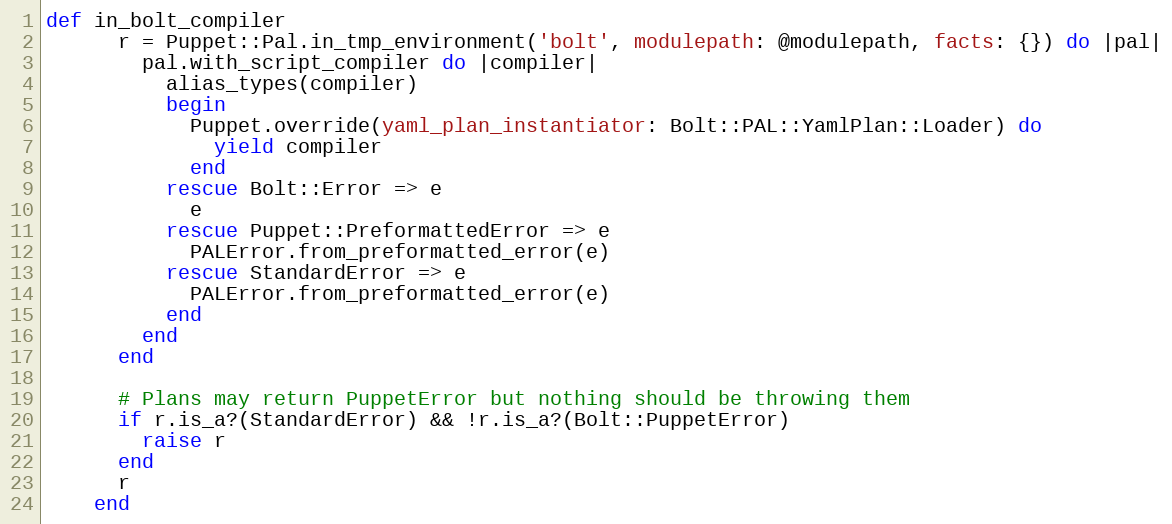
Language: Ruby
def in_bolt_compiler
      r = Puppet::Pal.in_tmp_environment('bolt', modulepath: @modulepath, facts: {}) do |pal|
        pal.with_script_compiler do |compiler|
          alias_types(compiler)
          begin
            Puppet.override(yaml_plan_instantiator: Bolt::PAL::YamlPlan::Loader) do
              yield compiler
            end
          rescue Bolt::Error => e
            e
          rescue Puppet::PreformattedError => e
            PALError.from_preformatted_error(e)
          rescue StandardError => e
            PALError.from_preformatted_error(e)
          end
        end
      end

      # Plans may return PuppetError but nothing should be throwing them
      if r.is_a?(StandardError) && !r.is_a?(Bolt::PuppetError)
        raise r
      end
      r
    end